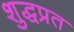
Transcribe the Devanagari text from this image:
शुद्धप्रत